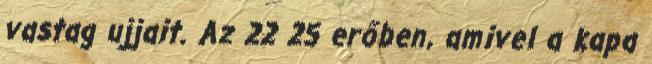
vastag ujjait. Az 22 25 erőben, amivel a kapa